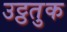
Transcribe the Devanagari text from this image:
उट्ठतुक